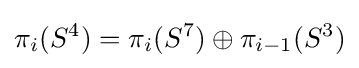
\pi _{i}(S^{4})=\pi _{i}(S^{7})\oplus \pi _{i-1}(S^{3})